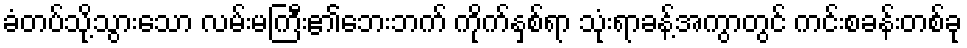
ခံတပ်သို့သွားသော လမ်းမကြီး၏ဘေးဘက် ကိုက်နှစ်ရာ သုံးရာခန့်အကွာတွင် ကင်းစခန်းတစ်ခု